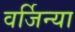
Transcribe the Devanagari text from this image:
वर्जिन्या